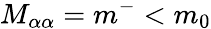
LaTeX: M_{\alpha\alpha}=m^{-}<m_{0}